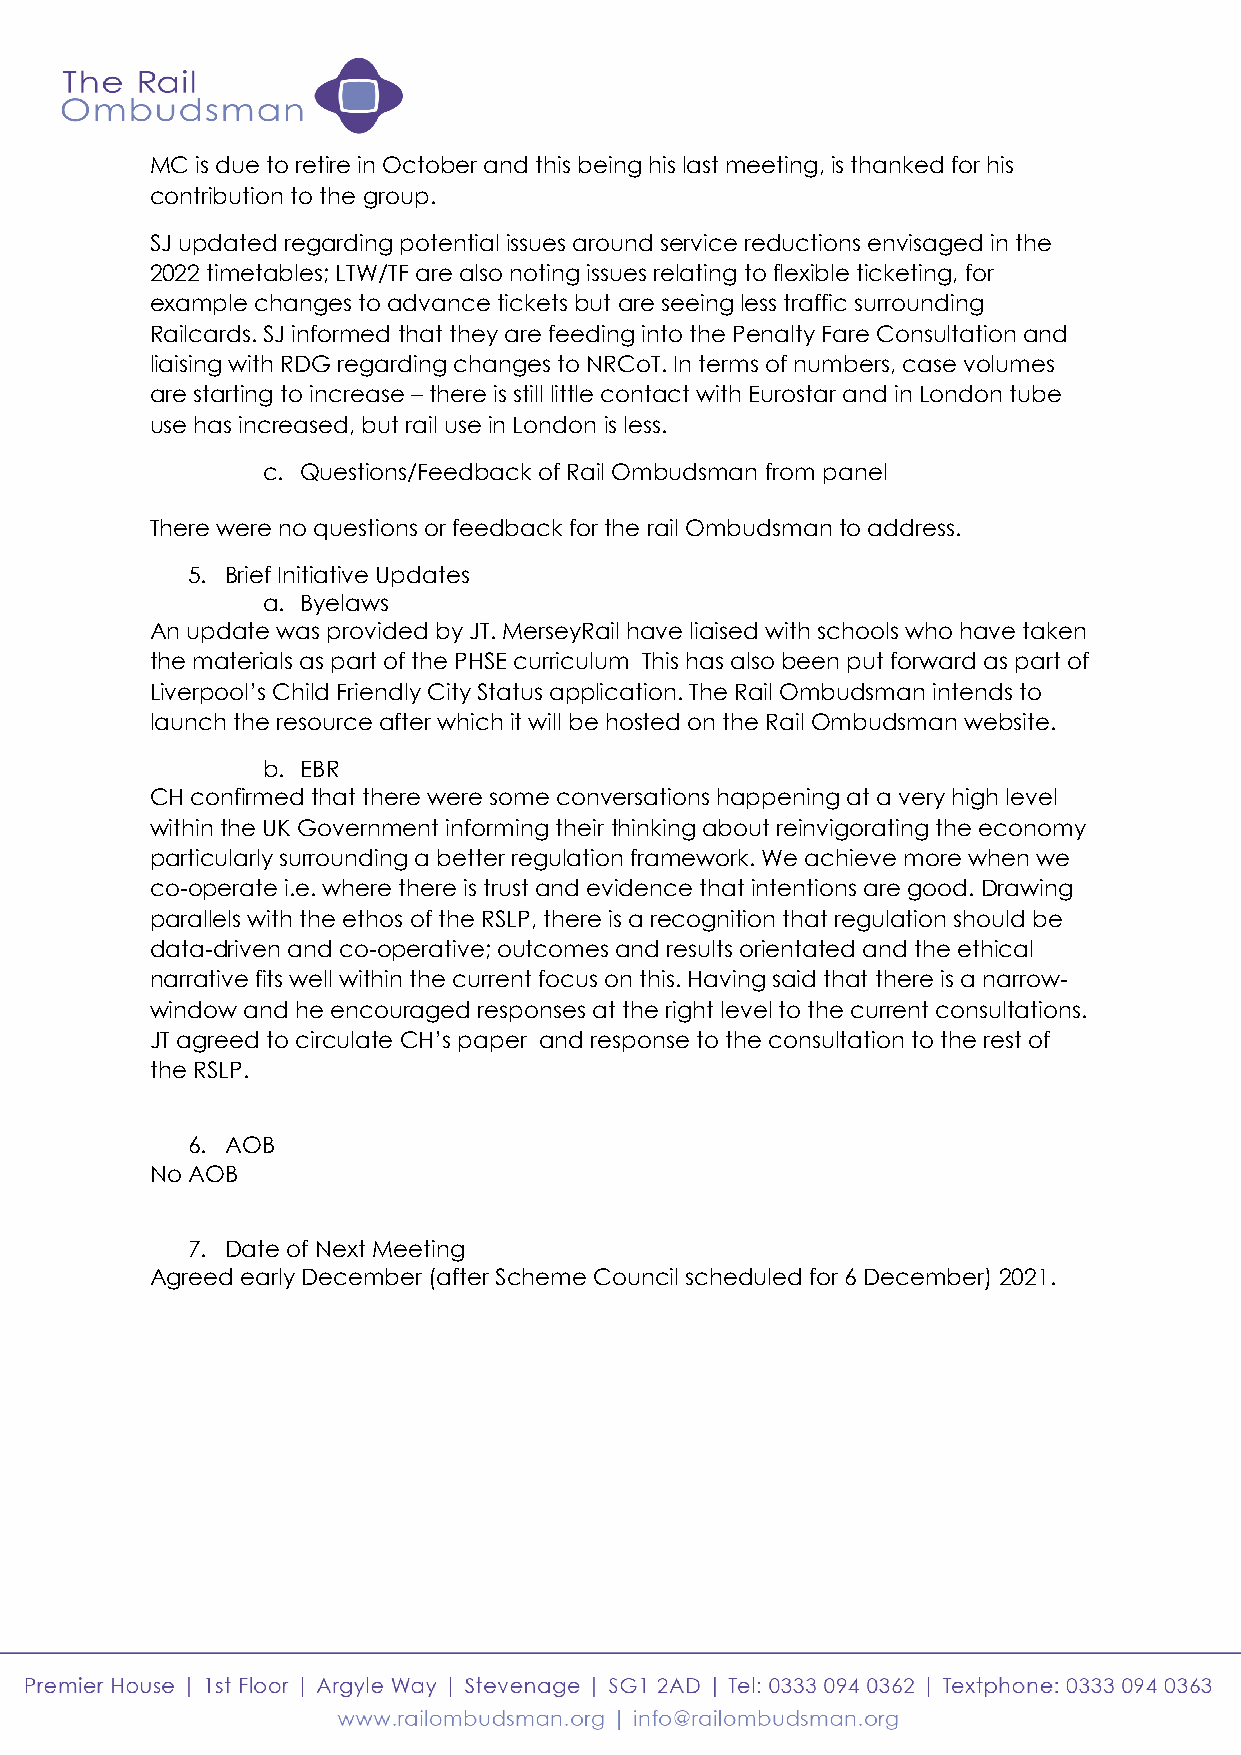
MC is due to retire in October and this being his last meeting, is thanked for his
 contribution to the group.
 SJ updated regarding potential issues around service reductions envisaged in the
 2022 timetables; LTW/TF are also noting issues relating to flexible ticketing, for
 example changes to advance tickets but are seeing less traffic surrounding
 Railcards. SJ informed that they are feeding into the Penalty Fare Consultation and
 liaising with RDG regarding changes to NRCoT. In terms of numbers, case volumes
 are starting to increase – there is still little contact with Eurostar and in London tube
 use has increased, but rail use in London is less.
 c. Questions/Feedback of Rail Ombudsman from panel
 There were no questions or feedback for the rail Ombudsman to address.
 5. Brief Initiative Updates
 a. Byelaws
 An update was provided by JT. MerseyRail have liaised with schools who have taken
 the materials as part of the PHSE curriculum This has also been put forward as part of
 Liverpool’s Child Friendly City Status application. The Rail Ombudsman intends to
 launch the resource after which it will be hosted on the Rail Ombudsman website.
 b. EBR
 CH confirmed that there were some conversations happening at a very high level
 within the UK Government informing their thinking about reinvigorating the economy
 particularly surrounding a better regulation framework. We achieve more when we
 co-operate i.e. where there is trust and evidence that intentions are good. Drawing
 parallels with the ethos of the RSLP, there is a recognition that regulation should be
 data-driven and co-operative; outcomes and results orientated and the ethical
 narrative fits well within the current focus on this. Having said that there is a narrow-
 window and he encouraged responses at the right level to the current consultations.
 JT agreed to circulate CH’s paper and response to the consultation to the rest of
 the RSLP.
 6. AOB
 No AOB
 7. Date of Next Meeting
 Agreed early December (after Scheme Council scheduled for 6 December) 2021.